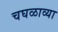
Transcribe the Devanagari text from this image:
चघळाव्या